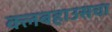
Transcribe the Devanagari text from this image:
क्लबहाउसचा